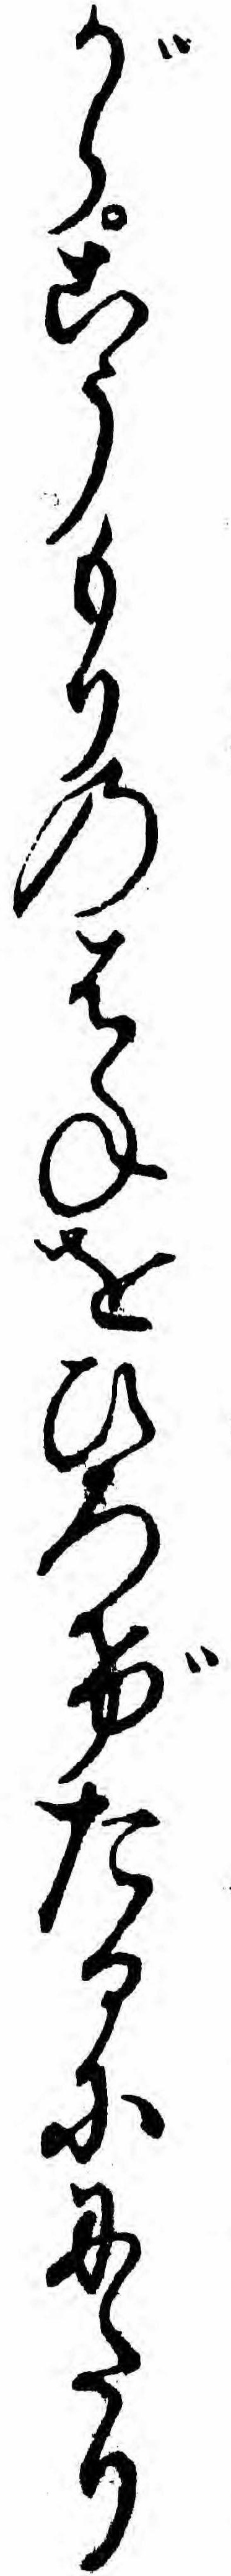
がらこうもりのはねをひろげたるににたり